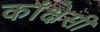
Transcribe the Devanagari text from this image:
कांक्षेसी